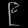
Digit: ၉